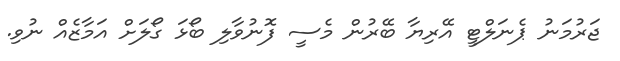
ޖަރުމަނު ޕެނަލްޓީ އޭރިޔާ ބޭރުން މެސީ ފޮނުވާލި ބޯޅަ ގޯލަށް އަމާޒެއް ނުވި.